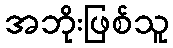
အဘိုးဖြစ်သူ